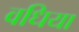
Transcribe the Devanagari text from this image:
वधिया